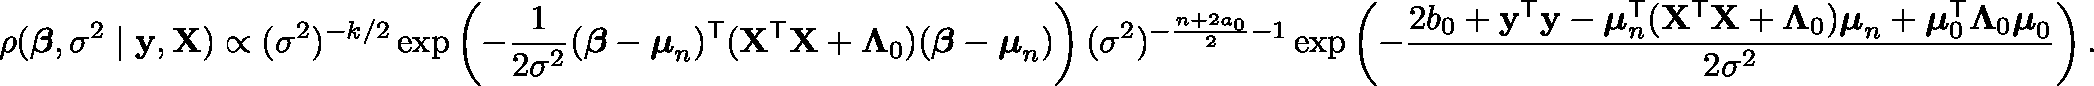
\rho ( { \boldsymbol { \beta } } , \sigma ^ { 2 } \mid \mathbf { y } , \mathbf { X } ) \propto ( \sigma ^ { 2 } ) ^ { - k / 2 } \exp \left( - { \frac { 1 } { 2 { \sigma } ^ { 2 } } } ( { \boldsymbol { \beta } } - { \boldsymbol { \mu } } _ { n } ) ^ { \mathsf { T } } ( \mathbf { X } ^ { \mathsf { T } } \mathbf { X } + \mathbf { \Lambda } _ { 0 } ) ( { \boldsymbol { \beta } } - { \boldsymbol { \mu } } _ { n } ) \right) ( \sigma ^ { 2 } ) ^ { - { \frac { n + 2 a _ { 0 } } { 2 } } - 1 } \exp \left( - { \frac { 2 b _ { 0 } + \mathbf { y } ^ { \mathsf { T } } \mathbf { y } - { \boldsymbol { \mu } } _ { n } ^ { \mathsf { T } } ( \mathbf { X } ^ { \mathsf { T } } \mathbf { X } + { \boldsymbol { \Lambda } } _ { 0 } ) { \boldsymbol { \mu } } _ { n } + { \boldsymbol { \mu } } _ { 0 } ^ { \mathsf { T } } { \boldsymbol { \Lambda } } _ { 0 } { \boldsymbol { \mu } } _ { 0 } } { 2 \sigma ^ { 2 } } } \right) .